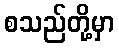
စသည်တို့မှာ